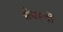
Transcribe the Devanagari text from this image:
सेवाश्री